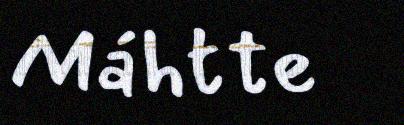
Máhtte